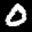
Label: 0